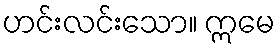
ဟင်းလင်းသော။ ဣမေ